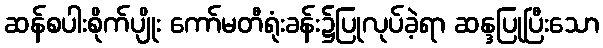
ဆန်စပါးစိုက်ပျိုး ကော်မတီရုံးခန်း၌ပြုလုပ်ခဲ့ရာ ဆန္ဒပြုပြီးသော